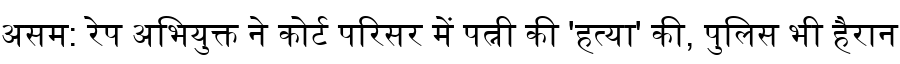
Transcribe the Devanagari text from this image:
असम: रेप अभियुक्त ने कोर्ट परिसर में पत्नी की 'हत्या' की, पुलिस भी हैरान